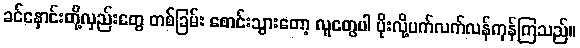
ခင်နှောင်းတို့လှည်းတွေ တစ်ခြမ်း စောင်းသွားတော့ လူတွေပါ ပိုးလို့ပက်လက်လန်ကုန်ကြသည်။